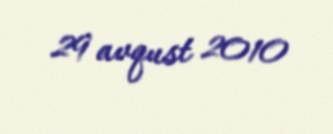
29 avqust 2010